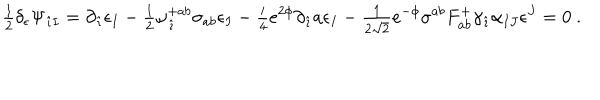
{ \textstyle \frac { 1 } { 2 } } \delta _ { \epsilon } \Psi _ { \hat { \imath } I } = \partial _ { \hat { \imath } } \epsilon _ { I } - { \textstyle \frac { 1 } { 2 } } \omega _ { \hat { \imath } } ^ { + a b } \sigma _ { a b } \epsilon _ { I } - { \textstyle \frac { i } { 4 } } e ^ { 2 \phi } \partial _ { \hat { \imath } } a \epsilon _ { I } - { \textstyle \frac { 1 } { 2 \sqrt { 2 } } } e ^ { - \phi } \sigma ^ { a b } F _ { a b } ^ { + } \gamma _ { \hat { \imath } } \alpha _ { I J } \epsilon ^ { J } = 0 \ .